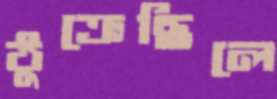
ঠুক্‌রেছিলে